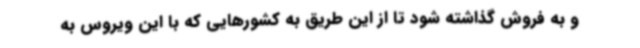
و به فروش گذاشته شود تا از این طریق به کشورهایی که با این ویروس به